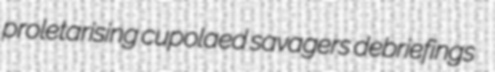
proletarising cupolaed savagers debriefings